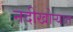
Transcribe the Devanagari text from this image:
नदीखोऱ्यात